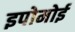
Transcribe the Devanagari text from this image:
इपोमोई